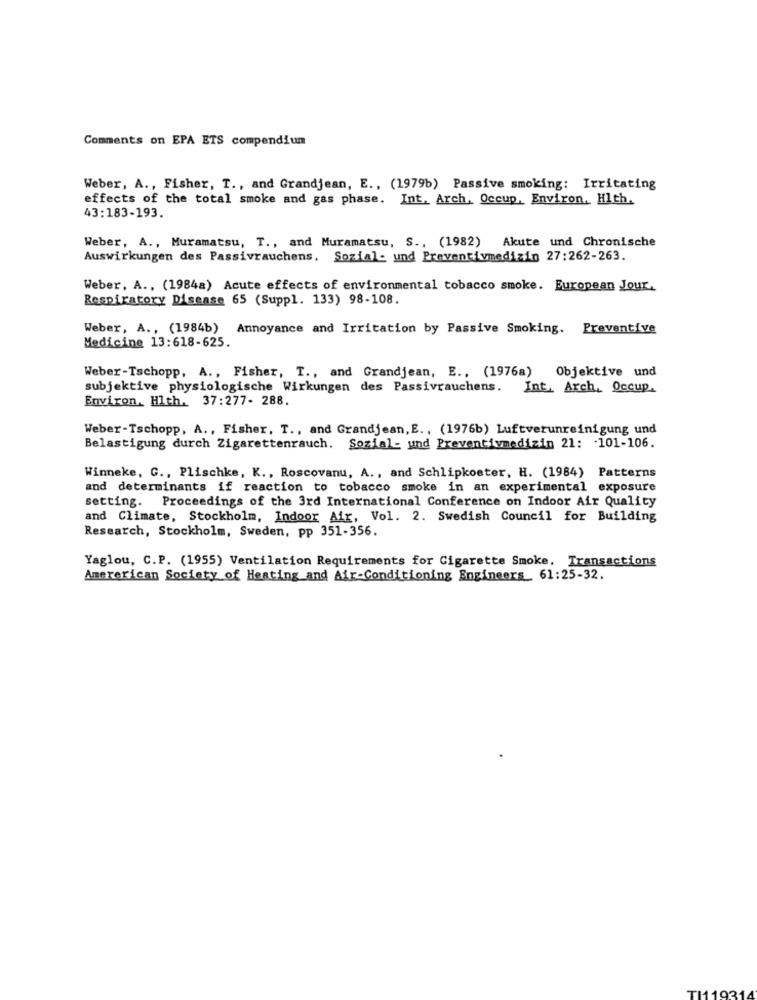
Comments on EPA ETS compendium
Weber, A ., Fisher, T ., and Grandjean, E ., (1979b) Passive smoking: Irritating
effects of the total smoke and gas phase. Int. Arch, Occup, Environ, Hlth.
43:183-193.
Weber, A ., Muramatsu, T ., and Muramatsu, S ., (1982) Akute und Chronische
Auswirkungen des Passivrauchens. Sozial- und Preventivmedizin 27:262-263.
Weber, A ., (1984a) Acute effects of environmental tobacco smoke. European Jour,
Respiratory Disease 65 (Suppl. 133) 98-108.
Weber, A ., (1984b) Annoyance and Irritation by Passive Smoking. Preventive
Medicine 13:618-625.
Weber-Tschopp, A ., Fisher, T ., and Grandjean, E .. (1976a) Objektive und
subjektive physiologische Wirkungen des Passivrauchens.
Int. Arch, Occup.
Environ, Hlth. 37:277- 288.
Weber-Tschopp, A ., Fisher, T ., and Grandjean, E ., (1976b) Luftverunreinigung und
Belastigung durch Zigarettenrauch. Sozial- und Preventivmedizin 21: 101-106.
Winneke, G ., Plischke, K ., Roscovanu, A ., and Schlipkoeter, H. (1984) Patterns
and determinants if reaction to tobacco smoke in an experimental exposure
setting. Proceedings of the 3rd International Conference on Indoor Air Quality
and Climate, Stockholm, Indoor Air, Vol. 2. Swedish Council for Building
Research, Stockholm, Sweden, pp 351-356.
Yaglou, C.P. (1955) Ventilation Requirements for Cigarette Smoke. Transactions
Amererican Society of Heating and Air-Conditioning Engineers_ 61:25-32.